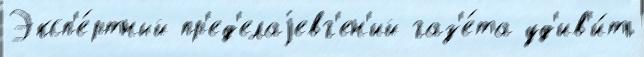
Эксп'е́ртный пр'ед'елаjевг'ен'ий газ'е́та уд'ив'и́ть